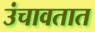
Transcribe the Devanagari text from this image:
उंचावतात